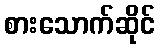
စားသောက်ဆိုင်